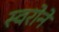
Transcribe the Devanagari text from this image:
स्वरोने